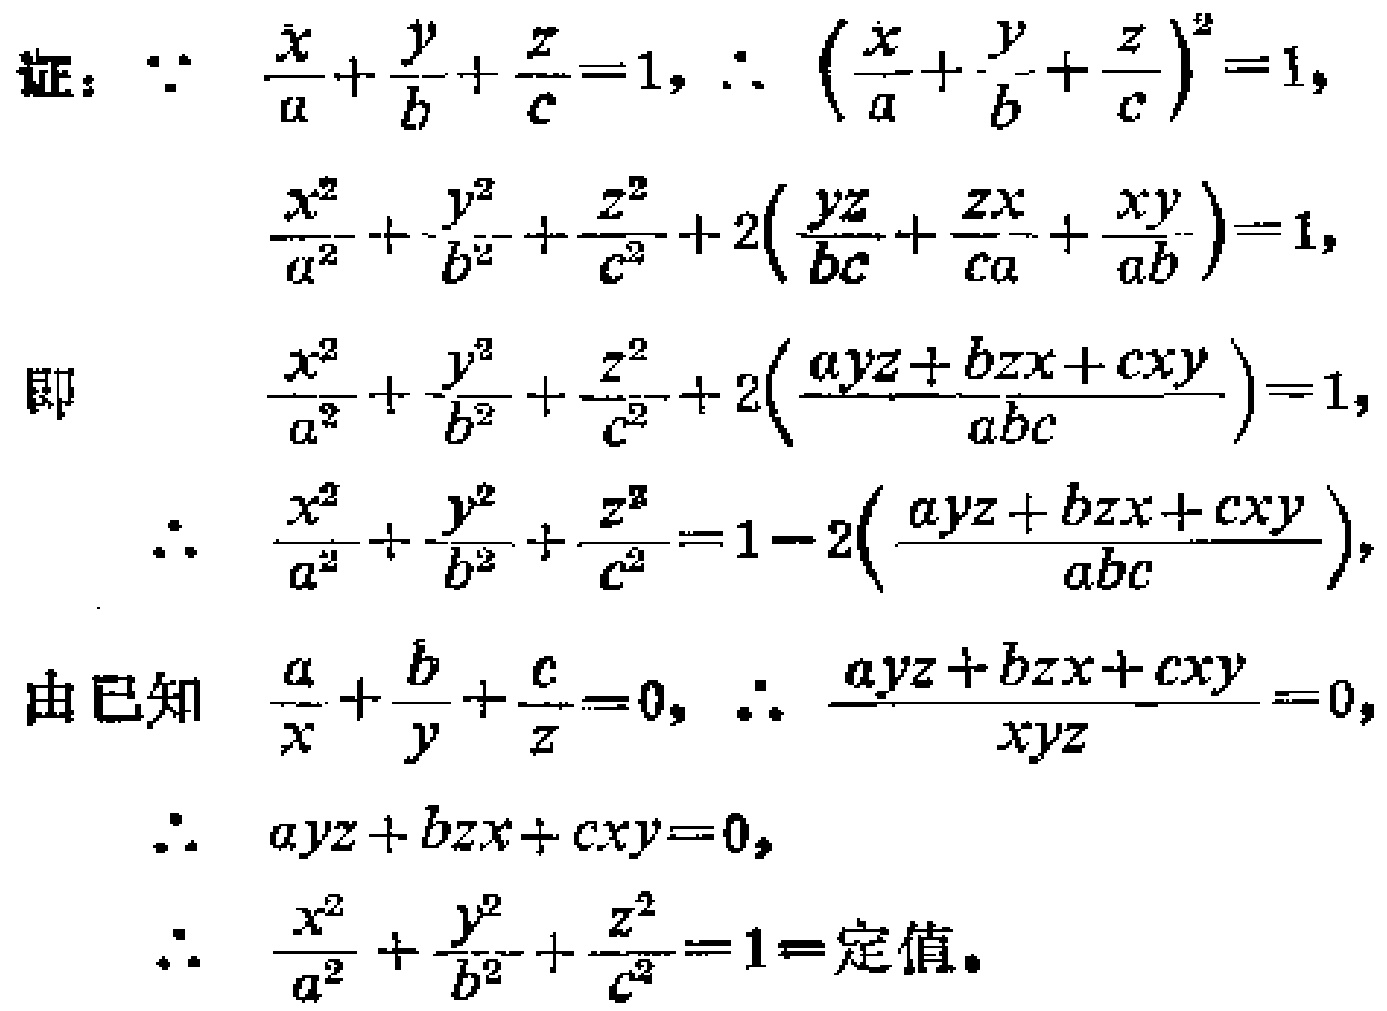
证：\(\because \frac{x}{a}+\frac{y}{b}+\frac{z}{c}=1\)，\(\therefore (\frac{x}{a}+\frac{y}{b}+\frac{z}{c})^2 = 1\)，

\(\frac{x^{2}}{a^{2}}+\frac{y^{2}}{b^{2}}+\frac{z^{2}}{c^{2}}+2(\frac{yz}{bc}+\frac{zx}{ca}+\frac{xy}{ab}) = 1\)，

即 \(\frac{x^{2}}{a^{2}}+\frac{y^{2}}{b^{2}}+\frac{z^{2}}{c^{2}}+2(\frac{ayz + bzx + cxy}{abc}) = 1\)，

\(\therefore \frac{x^{2}}{a^{2}}+\frac{y^{2}}{b^{2}}+\frac{z^{2}}{c^{2}} = 1 - 2(\frac{ayz + bzx + cxy}{abc})\)，

由已知 \(\frac{a}{x}+\frac{b}{y}+\frac{c}{z}=0\)，\(\therefore \frac{ayz + bzx + cxy}{xyz}=0\)，

\(\therefore ayz + bzx + cxy = 0\)，

\(\therefore \frac{x^{2}}{a^{2}}+\frac{y^{2}}{b^{2}}+\frac{z^{2}}{c^{2}} = 1=\text{定值}\)。